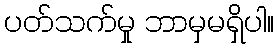
ပတ်သက်မှု ဘာမှမရှိပါ။